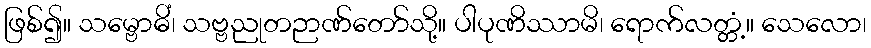
ဖြစ်၍။ သမ္ဗောဓိံ၊ သဗ္ဗညုတဉာဏ်တော်သို့။ ပါပုဏိဿာမိ၊ ရောက်လတ္တံ့။ သေလော၊